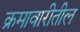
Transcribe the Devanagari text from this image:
क्रमावारीतील